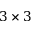
3 \times 3